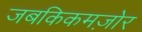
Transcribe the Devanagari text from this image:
जबकिकमज़ोर